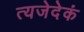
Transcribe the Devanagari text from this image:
त्यजेदेकं